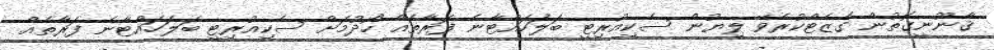
ޤާނޫނީގޮތުން ގެޒެޓްކުރެވޭ ލިޔުން ސެކިއުރިޓީ ބަލަހައްޓާނެ ފަރާތެއް ހޯދުމަށް ސެކިއުރިޓީ ބަލަހައްޓާނެ ފަރާތެއް